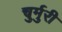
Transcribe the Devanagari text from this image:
चुर्मुरी